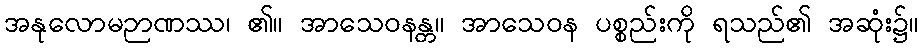
အနုလောမဉာဏဿ၊ ၏။ အာသေဝနန္တ။ အာသေဝန ပစ္စည်းကို ရသည်၏ အဆုံး၌။